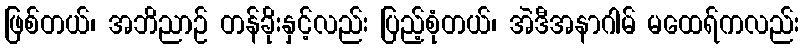
ဖြစ်တယ်၊ အဘိညာဉ် တန်ခိုးနှင့်လည်း ပြည့်စုံတယ်၊ အဲဒီအနာဂါမ် မထေရ်ကလည်း